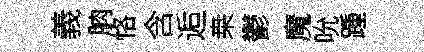
義朒恪含逅桒鬱魔吮踵